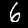
Label: 6